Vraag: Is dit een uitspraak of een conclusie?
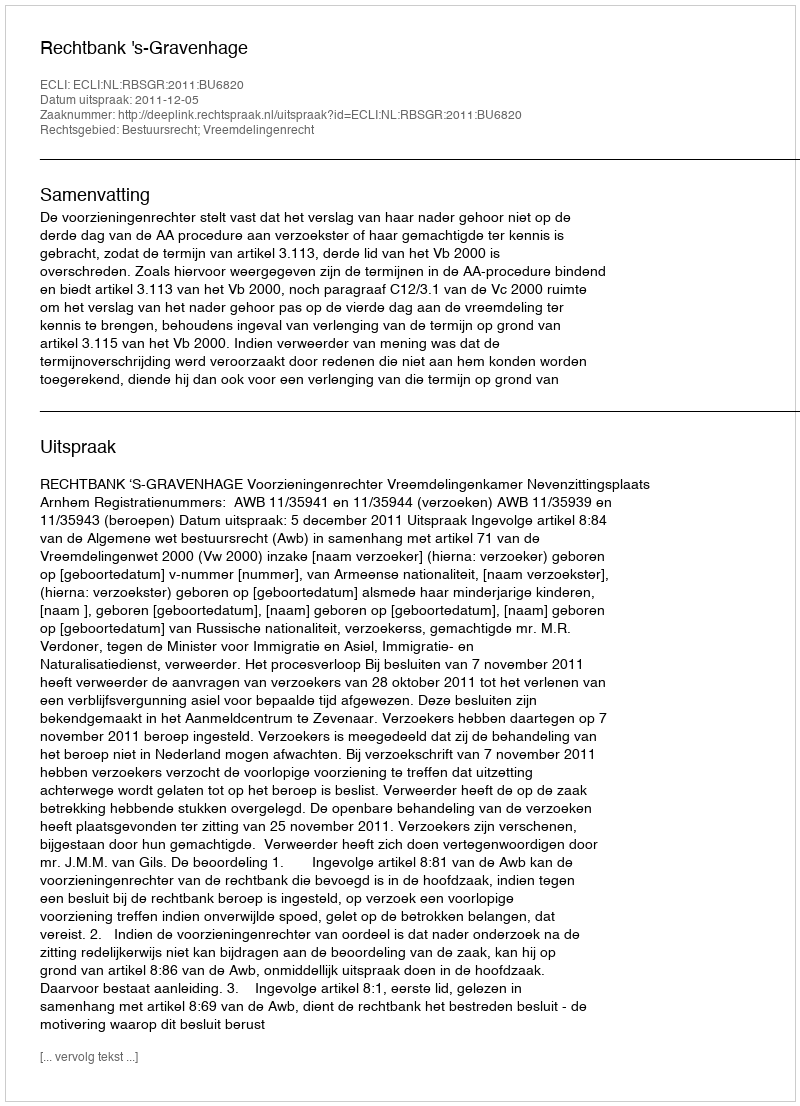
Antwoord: Uitspraak